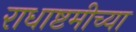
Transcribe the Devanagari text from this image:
राधाष्टमीच्या